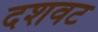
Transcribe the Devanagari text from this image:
दशवट